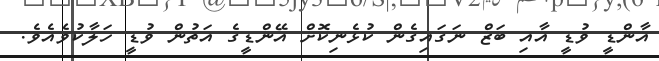
އާންޑީ ވުޑީ އާއި ބަޒް ނަގައިގެން ކުޅެނިކޮށް އޭންޑީގެ އަތުން ވުޑީ ހަލާކުވެއެވެ.